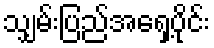
သျှမ်းပြည်အရှေ့ပိုင်း